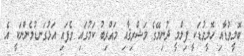
ބޮލީވުޑާއި ހޮލީވުޑަކީ ފިލްމީ ދުނިޔޭގެ މަޝްރިޤާއި މަޣްރިބު ކަމުގައި ވެފައި އަޅުގަނޑުމެންނަކީ އެ